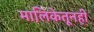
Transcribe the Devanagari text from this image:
मालिकेतूनही